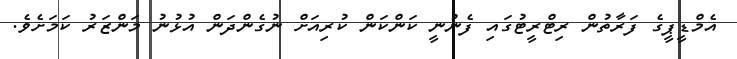
އެމްޑީޕީގެ ފަރާތުން ރިޓްރީޓުގައި ފެނުނީ ކަންކަން ކުރިއަށް ނުގެންދަން އުޅުނު މަންޒަރު ކަމަށެވެ.